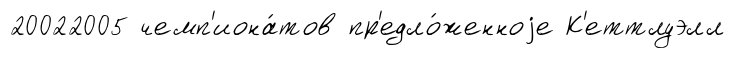
20022005 чемп'иона́тов пр'едло́женноjе К'еттлуэлл